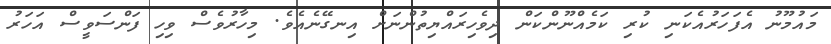
މައުމޫނު އެފަހަރުއެކަނި ކުރި ކަމެއްނޫންކަން ދިވެހިރައްޔިތުންނަށް އިނގޭނެއެވެ. މިހާރުވެސް ވިހި ފަންސަވީސް އަހަރު